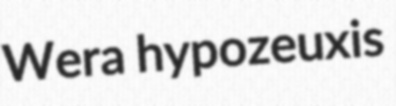
Wera hypozeuxis